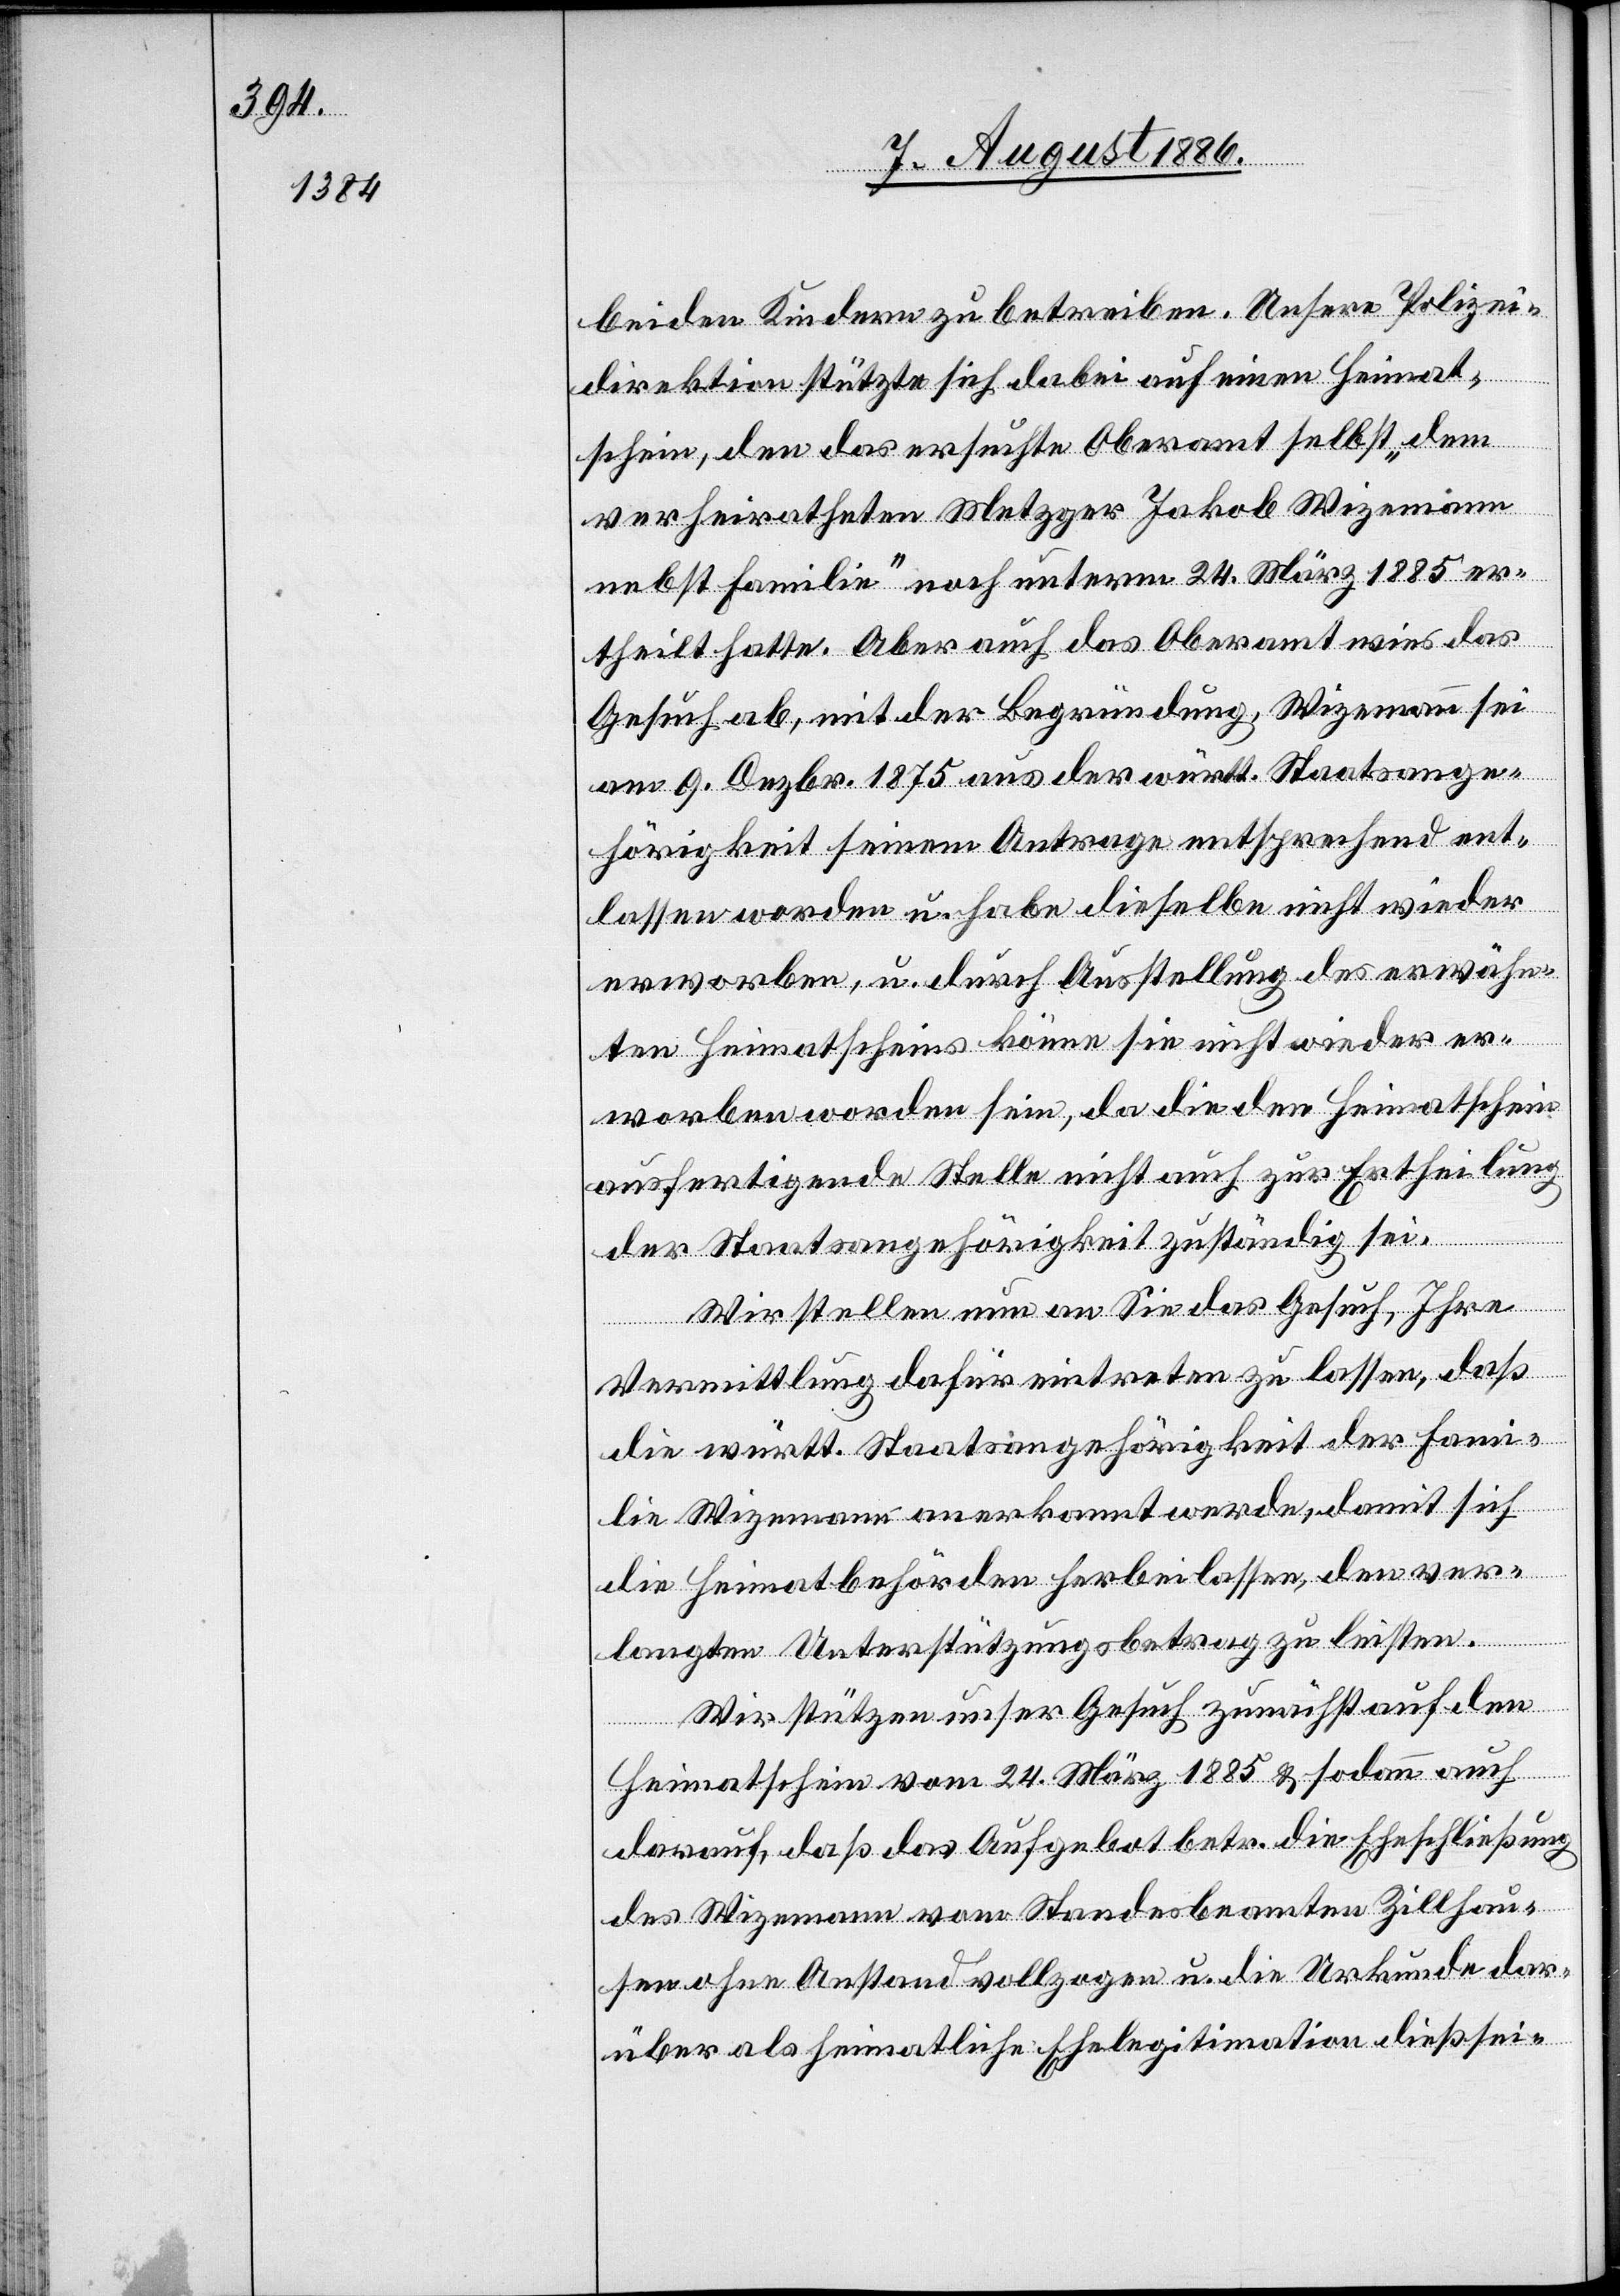
beiden Kindern zu betreiben. Unsere Polizei¬
direktion stützte sich dabei auf einen Heimat¬
schein, den das ersuchte Oberamt selbst „dem
verheiratheten Metzger Jakob Wizemann
nebst Familie“ noch unterm 24. März 1885 er¬
theilt hatte. Aber auch das Oberamt wies das
Gesuch ab, mit der Begründung, Wizemann sei
am 9. Dezbr. 1875 aus der württ. Staatsange¬
hörigkeit seinem Antrage entsprechend ent¬
lassen worden u. habe dieselbe nicht wieder
erworben, u. durch Ausstellung des erwähn¬
ten Heimatscheins könne sie nicht wieder er¬
worben worden sein, da diese den Heimatschein
ausfertigende Stelle nicht auch zur Ertheilung
der Staatsangehörigkeit zuständig sei.
Wir stellen nun an Sie das Gesuch, Ihre
Vermittlung dafür eintreten zu lassen, daß
die württ. Staatsangehörigkeit der Fami¬
lie Wizemann anerkannt werde, damit sich
die Heimatbehörden herbeilassen, den ver¬
langten Unterstützungsbetrag zu leisten.
Wir stützen unser Gesuch zunächst auf den
Heimatschein vom 24. März 1885 & sodann auch
darauf, daß das Aufgebot betr. die Eheschließung
des Wizemann vom Standesbeamten Zillhau¬
sen ohne Anstand vollzogen u. die Urkunde dar¬
über als heimatliche Ehelegitimation dießsei-